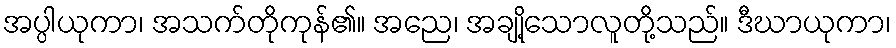
အပ္ပါယုကာ၊ အသက်တိုကုန်၏။ အညေ၊ အချို့သောလူတို့သည်။ ဒီဃာယုကာ၊